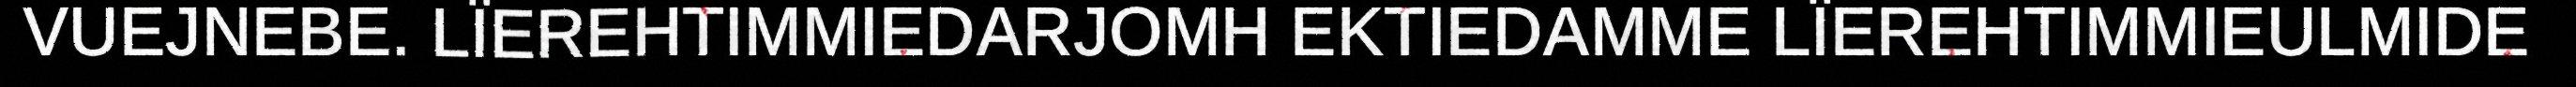
VUEJNEBE. LÏEREHTIMMIEDARJOMH EKTIEDAMME LÏEREHTIMMIEULMIDE